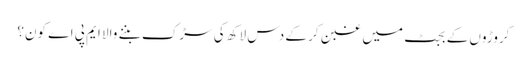
کروڑوں کے بجٹ میں غبن کر کے دس لاکھ کی سڑک بننے والا ایم پی اے کون؟